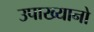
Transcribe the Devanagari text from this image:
उपाख्यानो